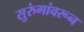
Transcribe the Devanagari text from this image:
सुरुंगांवरून